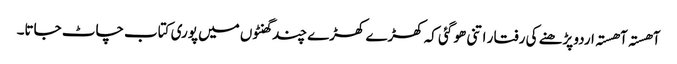
آھستہ آھستہ اردو پڑھنے کی رفتا ر اتنی ھو گئی کہ کھڑے کھڑے چند گھنٹوں میں پوری کتاب چاٹ جاتا۔